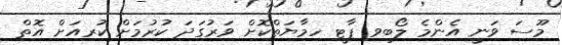
މޫސަ ވަނީ އެންމެ ލޯބިވި ޕާޓީ ހިމާޔަތްކޮށް ވަރުގަދަ ކުރުމަށް ކުރިއަށް އޮތް